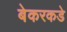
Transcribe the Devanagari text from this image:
बेकरकडे